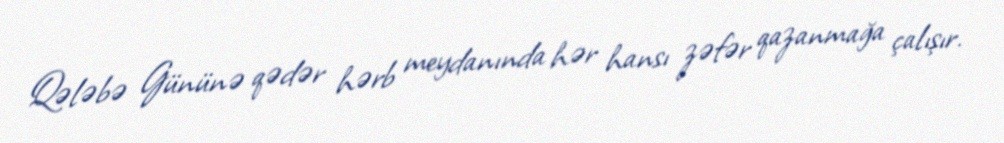
Qələbə Gününə qədər hərb meydanında hər hansı zəfər qazanmağa çalışır.